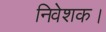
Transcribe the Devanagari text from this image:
निवेशक।